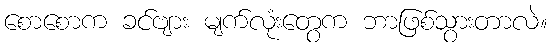
စောစောက ခင်ဗျား မျက်လုံးတွေက ဘာဖြစ်သွားတာလဲ။